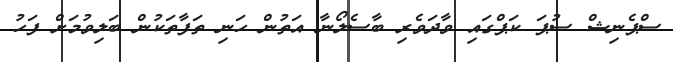
ސްޕެނިޝް ސުޕަ ކަޕްގައި ވާދަވެރި ބާސެލޯނާ އަތުން ހަނި ތަފާތަކުން ބަލިވުމަށް ފަހު